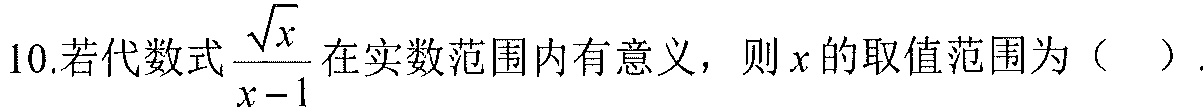
10.若代数式$\frac{\sqrt{x}}{x - 1}$在实数范围内有意义，则$x$的取值范围为（  ）.